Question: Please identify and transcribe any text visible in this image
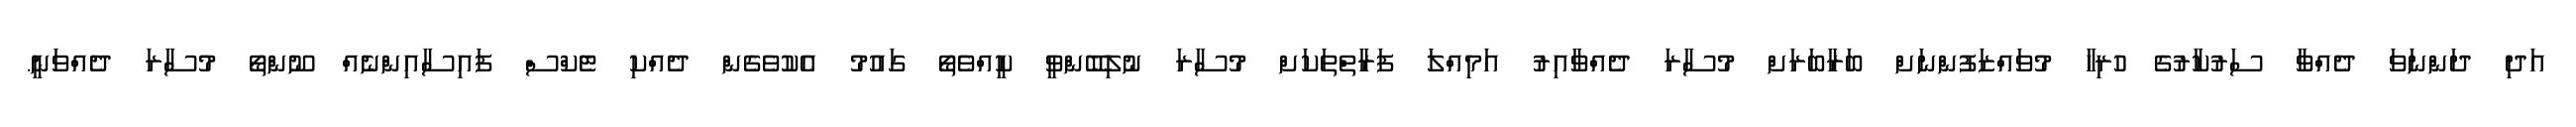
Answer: އަދި ދަންނަވަ ދެއްވާ ސަރުކާރުގެ ހުރިހާ މުވައްޒަފުންނަށް ބަރާބަރަށް މުސާރަ ދެއްވާއިރު އަމިއްލަ ފަރާތްތަކަށް މުސާރަ ނުލިބޭންވީ ކީއްވެތޯ ގައުމު އެކުވެގެން ދެއްކި ޓެކްސް ފައިސާއިންނެއް ނޫންތޯ މުސާރަ ދެއްވަނީ.